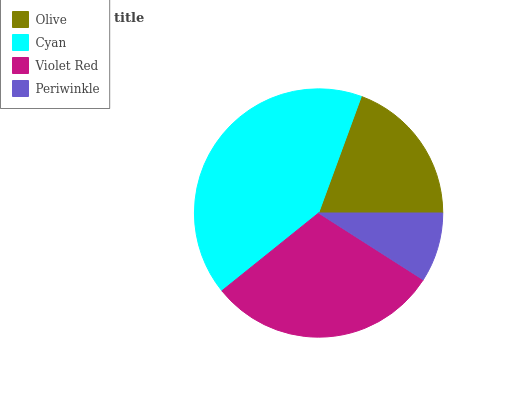
| Olive | Cyan | Violet Red | Periwinkle |
 | --- | --- | --- | --- |
 | 19.4% | 41.3% | 30.2% | 9.03% |